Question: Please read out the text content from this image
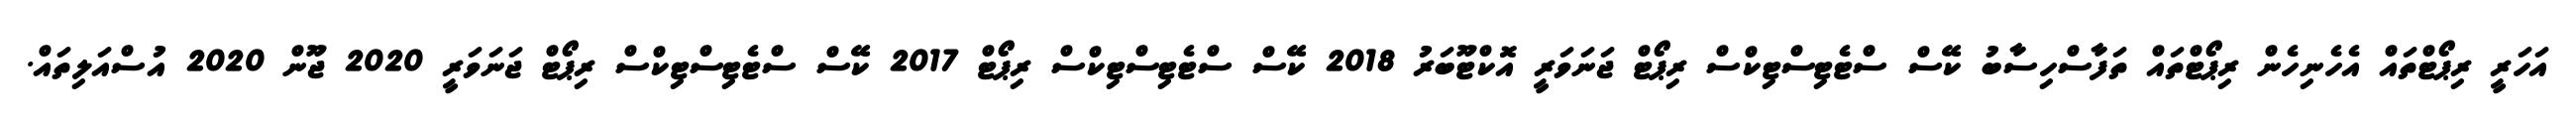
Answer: އަހަރީ ރިޕޯޓްތައް އެހެނިހެން ރިޕޯޓްތައް ތަފާސްހިސާބު ކޭސް ސްޓެޓިސްޓިކްސް ރިޕޯޓް ޖަނަވަރީ އޮކްޓޫބަރު 2018 ކޭސް ސްޓެޓިސްޓިކްސް ރިޕޯޓް 2017 ކޭސް ސްޓެޓިސްޓިކްސް ރިޕޯޓް ޖަނަވަރީ 2020 ޖޫން 2020 އުސްއަލިތައް.